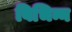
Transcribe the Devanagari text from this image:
विभिन्न